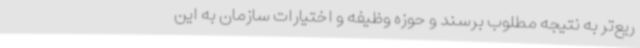
ریع‌تر به نتیجه مطلوب برسند و حوزه وظیفه و اختیارات سازمان به این